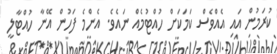
ކުރަމުން އައި އެއްވެސް ކަމަކަށް ހުއްޓުމެއް ނައެވެ. އެންމެ ފަހުން އޭނާ ހުއްޓާލީ